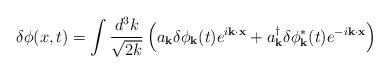
LaTeX: \begin{align*}\delta \phi (x,t) = \int \frac{d^3 k}{\sqrt{2 k}} \left( a_{\bf k} \delta \phi_{\bf k} (t) e^{i {\bf k} \cdot {\bf x}} + a_{\bf k}^{\dagger} \delta \phi_{\bf k}^{*} (t) e^{-i {\bf k} \cdot {\bf x}} \right)\end{align*}